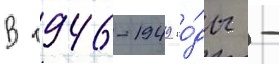
В 1946-1949 го́ды -